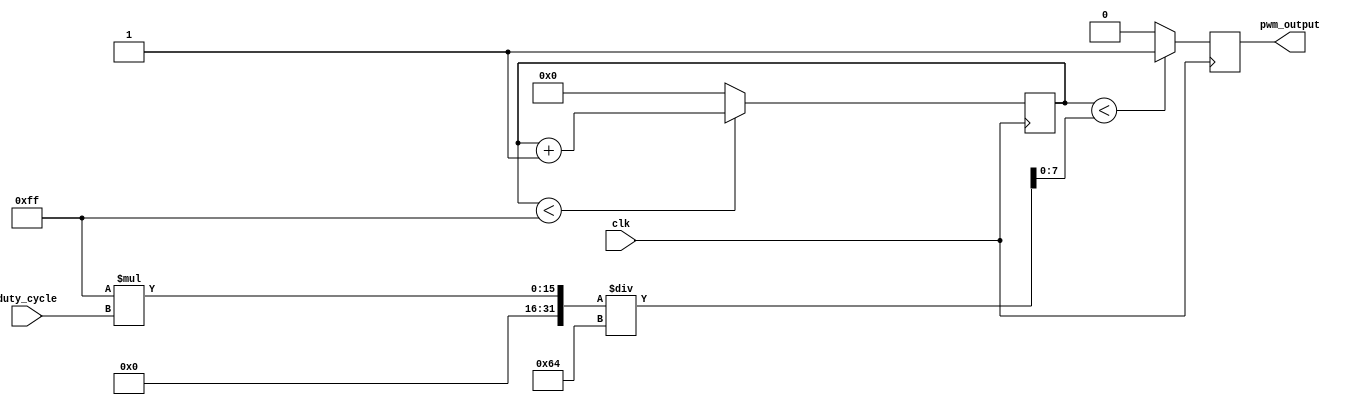
module PWM_generator(
    input clk, // input clock signal
    input [7:0] duty_cycle, // input duty cycle value (0-255)
    output reg pwm_output // output PWM signal
);

reg [7:0] threshold; // threshold value for duty cycle comparison
reg [7:0] counter; // counter to keep track of clock cycles

always @(posedge clk) begin
    if (counter < threshold) begin
        pwm_output <= 1; // set output signal to high
    end else begin
        pwm_output <= 0; // set output signal to low
    end

    // Increment counter and reset if it reaches maximum value
    if (counter < 255) begin
        counter <= counter + 1;
    end else begin
        counter <= 0;
    end
end

// Calculate threshold value based on duty cycle input
always @(*) begin
    threshold = (255 * duty_cycle) / 100; // calculate threshold value for duty cycle comparison
end

endmodule